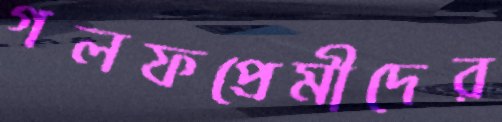
গলফপ্রেমীদের